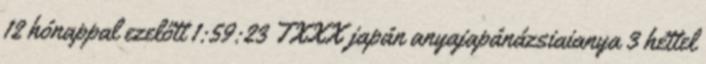
12 hónappal ezelőtt 1:59:23 TXXX japán anyajapánázsiaianya 3 héttel